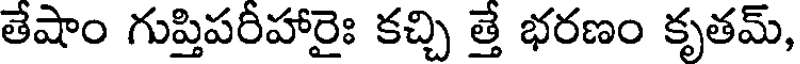
తేషాం గుప్తిపరీహారైః కచ్చి త్తే భరణం కృతమ్,